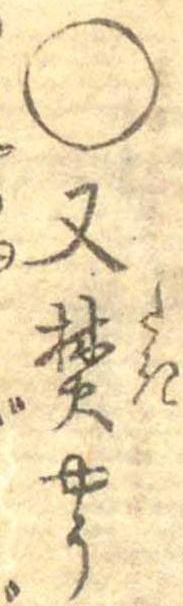
○又焚やう